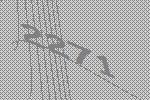
2271